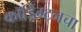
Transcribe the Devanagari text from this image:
कॉड्रिंग्टनचा